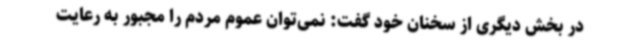
در بخش دیگری از سخنان خود گفت: نمی‌توان عموم مردم را مجبور به رعایت